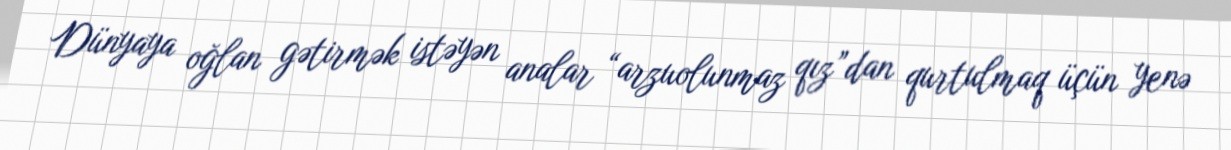
Dünyaya oğlan gətirmək istəyən analar “arzuolunmaz qız”dan qurtulmaq üçün yenə